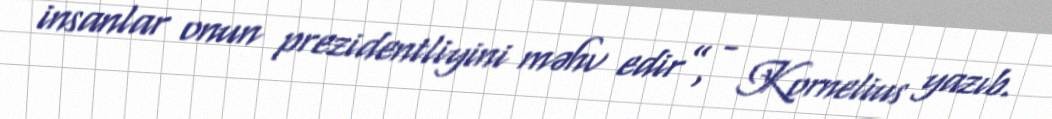
insanlar onun prezidentliyini məhv edir”, - Kornelius yazıb.